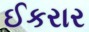
ઈકરાર